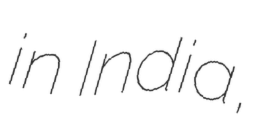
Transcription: in India,